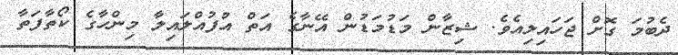
ދެބުމަ ގޮށް ޖަހައިލިއެވެ. ޝިޒާން މަޑުމަޑުން އޭނާގެ އަތް އުފުއްލައިލާ މިންހާގެ ކޯތާފަތާ